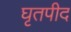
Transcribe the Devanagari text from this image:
घृतपीद